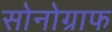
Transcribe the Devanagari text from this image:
सोनोग्राफ